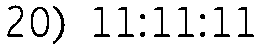
20) 11:11:11